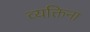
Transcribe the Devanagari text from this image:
व्यक्तिना